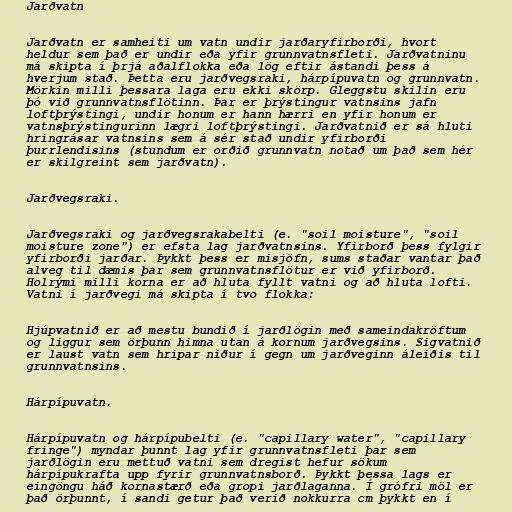
Jarðvatn

Jarðvatn er samheiti um vatn undir jarðaryfirborði, hvort
heldur sem það er undir eða yfir grunnvatnsfleti. Jarðvatninu
má skipta í þrjá aðalflokka eða lög eftir ástandi þess á
hverjum stað. Þetta eru jarðvegsraki, hárpípuvatn og grunnvatn.
Mörkin milli þessara laga eru ekki skörp. Gleggstu skilin eru
þó við grunnvatnsflötinn. Þar er þrýstingur vatnsins jafn
loftþrýstingi, undir honum er hann hærri en yfir honum er
vatnsþrýstingurinn lægri loftþrýstingi. Jarðvatnið er sá hluti
hringrásar vatnsins sem á sér stað undir yfirborði
þurrlendisins (stundum er orðið grunnvatn notað um það sem hér
er skilgreint sem jarðvatn).

Jarðvegsraki.

Jarðvegsraki og jarðvegsrakabelti (e. "soil moisture", "soil
moisture zone") er efsta lag jarðvatnsins. Yfirborð þess fylgir
yfirborði jarðar. Þykkt þess er misjöfn, sums staðar vantar það
alveg til dæmis þar sem grunnvatnsflötur er við yfirborð.
Holrými milli korna er að hluta fyllt vatni og að hluta lofti.
Vatni í jarðvegi má skipta í tvo flokka:

Hjúpvatnið er að mestu bundið í jarðlögin með sameindakröftum
og liggur sem örþunn himna utan á kornum jarðvegsins. Sigvatnið
er laust vatn sem hripar niður í gegn um jarðveginn áleiðis til
grunnvatnsins.

Hárpípuvatn.

Hárpípuvatn og hárpípubelti (e. "capillary water", "capillary
fringe") myndar þunnt lag yfir grunnvatnsfleti þar sem
jarðlögin eru mettuð vatni sem dregist hefur sökum
hárpípukrafta upp fyrir grunnvatnsborð. Þykkt þessa lags er
eingöngu háð kornastærð eða gropi jarðlaganna. Í grófri möl er
það örþunnt, í sandi getur það verið nokkurra cm þykkt en í